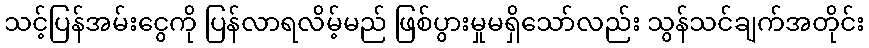
သင့်ပြန်အမ်းငွေကို ပြန်လာရလိမ့်မည် ဖြစ်ပွားမှုမရှိသော်လည်း သွန်သင်ချက်အတိုင်း